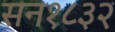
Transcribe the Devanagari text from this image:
सन१८३२